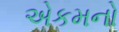
એકમનો